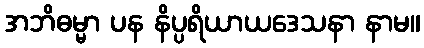
အဘိဓမ္မာ ပန နိပ္ပရိယာယဒေသနာ နာမ။